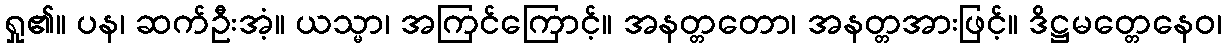
ရှု၏။ ပန၊ ဆက်ဦးအံ့။ ယသ္မာ၊ အကြင်ကြောင့်။ အနတ္တတော၊ အနတ္တအားဖြင့်။ ဒိဋ္ဌမတ္တေနေဝ၊